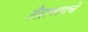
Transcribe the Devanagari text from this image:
हैद्राबादचे